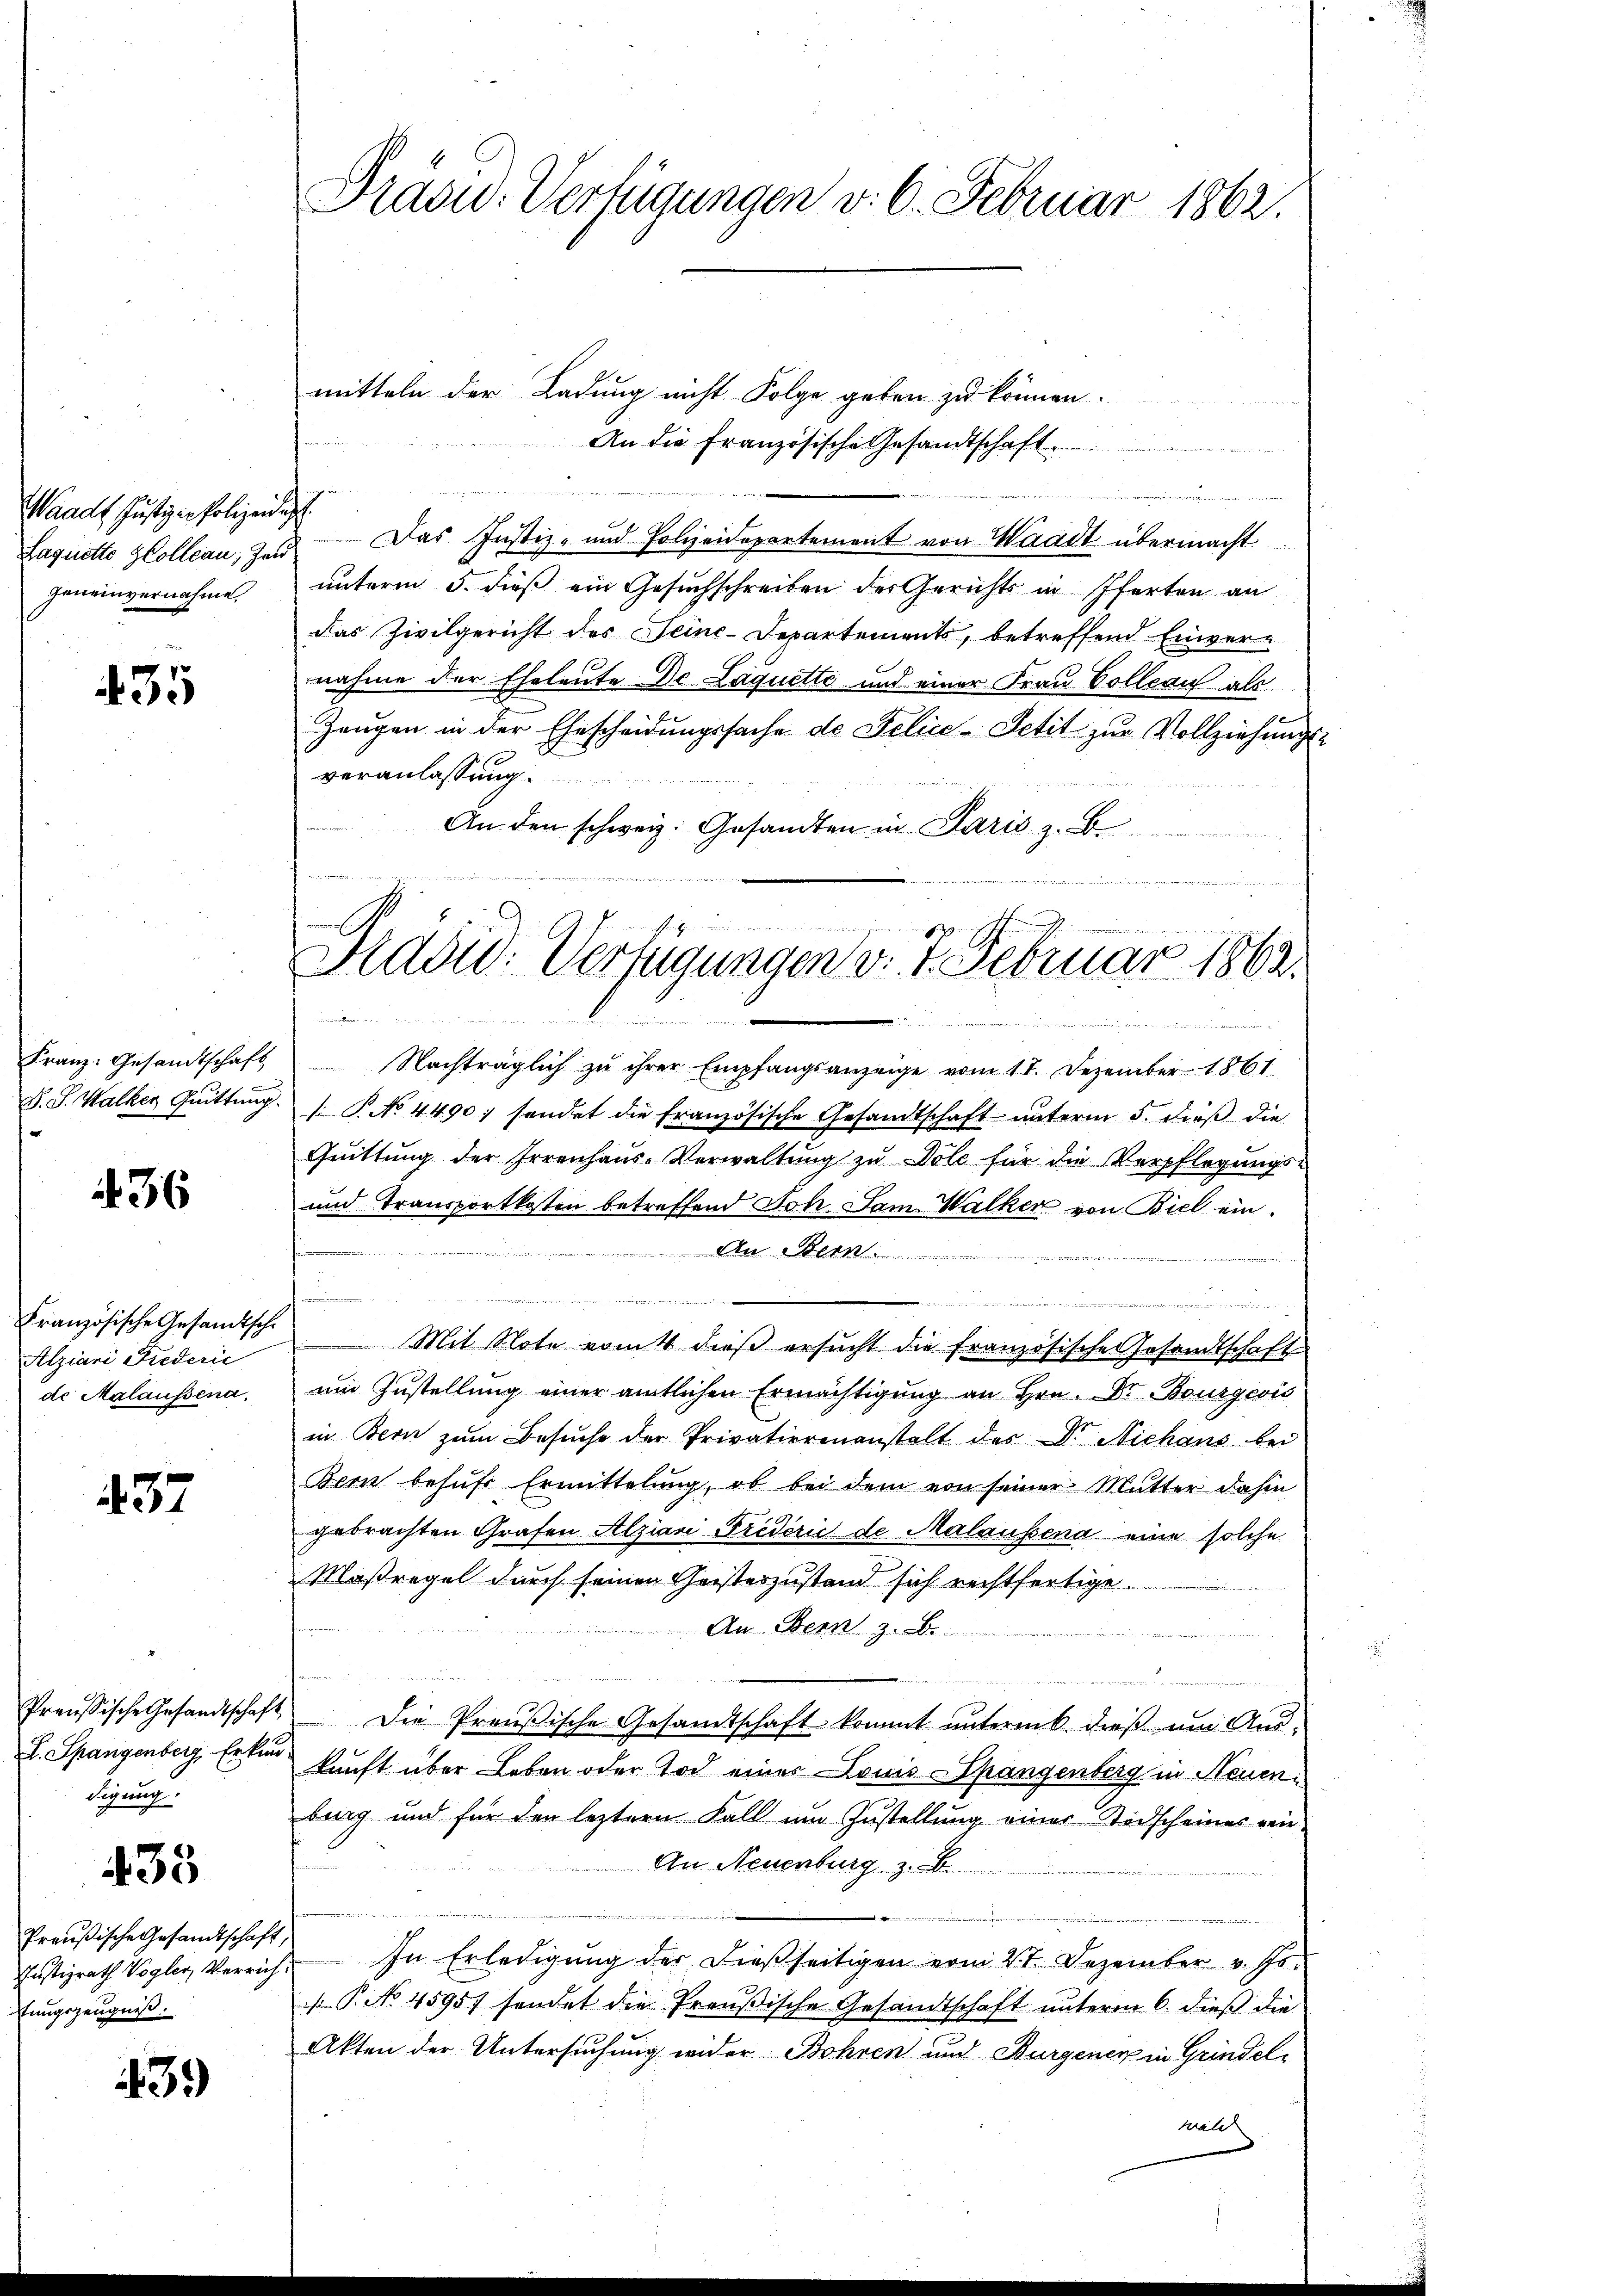
Waadt Justizio Polizeidig
geneinvernahme.

35

Franz: Gesandtschaft

436

Französische Gesandtsche
Alziari Federie
de Malaussena

437

L. Spangenberg, Erkun
digung.

438

Preußische Gesandtschaft
Justizrath Vogler, Verrich
stungszeugnis.

439

Präsid.. Verfügungen v. 6. Februar 1862.

mitteln der Ladung nicht Folge geben zu können.

An die Französische Gesandtschaft
n
Laquette Hollcan; Zald das Justiz- und Polizeidepartement von Waadt übermacht
unterm 5. dieß ein Gesuchschreiben der Gerichts in Pferten an
Das Zivilgericht des Seine-Departement, betreffend Einver-
nahme der Eheleute Dr. Laquette und einer Frau Colleau als
Zeugen in der Ehescheidungssache de Felice-Petit zur Vollziehungs-
veranlassung.
An den schweiz. Gesandten in Paris z. B.
Nachträglich zu ihrer Empfangsanzeige vom 11. Dezember 1861
D. S. Walker Gittŭng.  P. No. 4490; sendet die französische Gesandtschaft ŭnterm 5. dieβ die
Qŭittŭng der Irrenhaŭs-Verwaltŭng zŭ Döle für die Verpflegŭngs-
und Transportkosten betreffend Joh. Lam Walker von Biel ein
An Stern
23
n

n
  einige
Mit Note vom 4. dieß ersucht die französische Gesandtschaft
um Zustellung einer amtlichen Ermächtigung an Hrn. Dr Bourgeois
in Bern zum Besuche der Privatierenanstalt des Dr. Nichans bei
Bern behufe Ermittelung, ob bei dem von seiner Mutter dahin
gebrachten Grafen Alziani Friderie de Malaussend eine solche
Maßregel durch seinen Geisteszustand sich rechtfertige.
An Bern z. B.

Preußische Gesandtschaft die Preußische Gesandtschaft kommt ŭnterm 6. dieβ zŭm Aŭs-
kunft über Leben oder Tod einer Louis Spangenberg in Neuenbing und für den leztern Fall um Zustellung einer Todscheines ein
An Neuenburg z. B.
s
In Erledigung der dießseitigen vom 27. Dezember v. Js.
 P. No. 4595) sendet die Preußische Gesandtschaft unterm 6. dieß die
Akten der Untersuchung wider Bohren und Burgener in Grindel
wald

e

   de
 het un
Präsid. Verfügungen v. 4. Februar 1862.

n